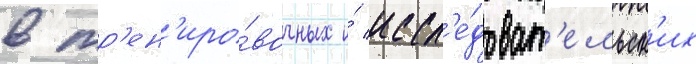
в тр'ен'иро́вочных и́ иссл'е́доват'ельск'их